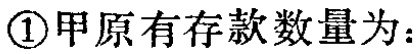
\textcircled{1}甲原有存款数量为：